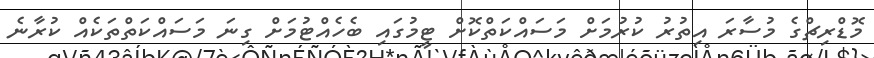
މޮޑްރިޗްގެ މުސާރަ އިތުރު ކުރުމަށް މަސައްކަތްކޮށް ޓީމުގައި ބެހެއްޓުމަށް ގިނަ މަސައްކަތްތަކެއް ކުރާނެ